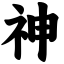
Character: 神